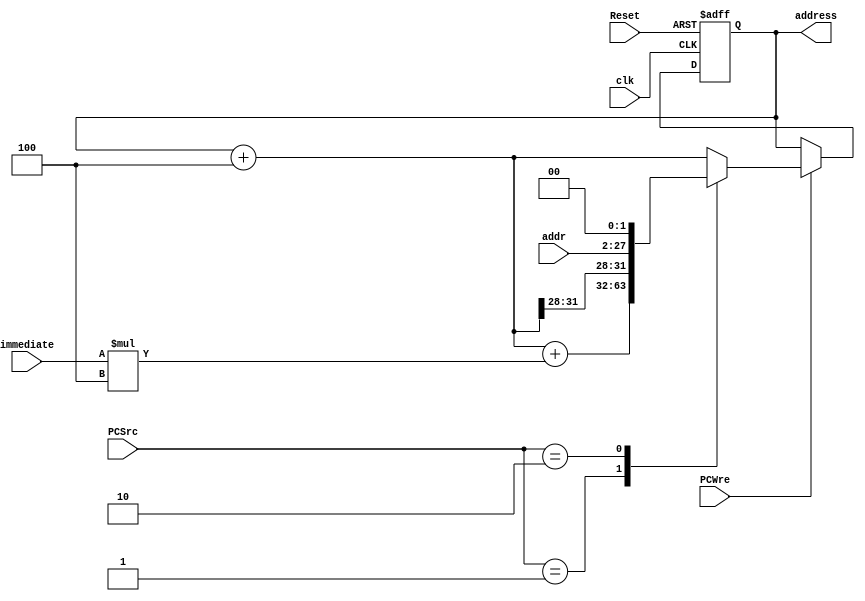
`timescale 1ns / 1ps
//////////////////////////////////////////////////////////////////////////////////
// Company: 
// Engineer: 
// 
// Design Name: 
// Module Name: PC
// Project Name: 
// Target Devices: 
// Tool Versions: 
// Description: 
// 
// Dependencies: 
// 
// Revision:
// Revision 0.01 - File Created
// Additional Comments:
// 
//////////////////////////////////////////////////////////////////////////////////


module PC(
    input clk,
    input Reset,
    input PCWre,// 0PC 1Pc
    input [1:0] PCSrc,//Pc
    input [31:0] immediate,//
    input [25:0] addr,//2-27
    output reg[31:0] address//
    );
    
    reg [31:0] pc4;
    
    always @(posedge clk or negedge Reset)
        begin
            if (Reset == 0) begin
                address = 0;
            end
            else if (PCWre) begin
                case(PCSrc)
                    2'b00: begin
                        //+4PC
                        address = address + 4;           
                    end
                    2'b01: begin
                        //beqbnePC
                        address = address + 4 + immediate*4;                                                                      
                    end
                    2'b10: begin    
                        pc4 = address + 4;                    
                        //j
                        address = {pc4[31:28],addr[25:0],1'b0,1'b0};
                    end
                    default: begin
                        address = address + 4;                    
                    end                    
                endcase
            end
        end

endmodule